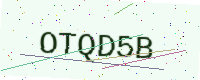
Text: OTQD5B